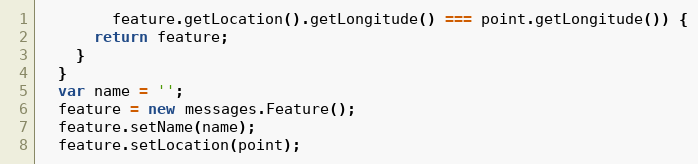
Language: JavaScript
        feature.getLocation().getLongitude() === point.getLongitude()) {
      return feature;
    }
  }
  var name = '';
  feature = new messages.Feature();
  feature.setName(name);
  feature.setLocation(point);